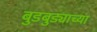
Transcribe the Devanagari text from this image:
बुडबुड्याच्या